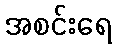
အစင်းရေ